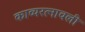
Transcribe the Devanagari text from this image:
काव्यरत्‍नावली